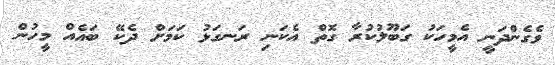
ވެގެންދަނީ އެމީހަކު ގަބޫލުކުރާ ގޮތް އެކަނި ރަނގަޅު ކަމަށް ދެކޭ ބައެއް މީހުން